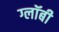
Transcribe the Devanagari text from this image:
ग्लॉबी